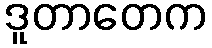
ဒူတာတေက